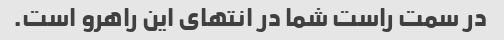
در سمت راست شما در انتهای این راهرو است.